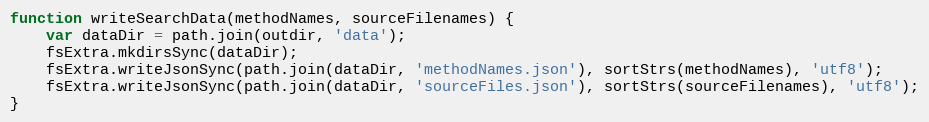
Language: JavaScript
function writeSearchData(methodNames, sourceFilenames) {
    var dataDir = path.join(outdir, 'data');
    fsExtra.mkdirsSync(dataDir);
    fsExtra.writeJsonSync(path.join(dataDir, 'methodNames.json'), sortStrs(methodNames), 'utf8');
    fsExtra.writeJsonSync(path.join(dataDir, 'sourceFiles.json'), sortStrs(sourceFilenames), 'utf8');
}